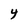
Character: Y